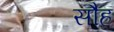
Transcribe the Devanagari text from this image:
सौह